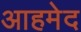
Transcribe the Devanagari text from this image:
आहमेद